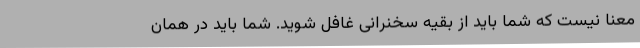
معنا نیست که شما باید از بقیه سخنرانی غافل شوید. شما باید در همان